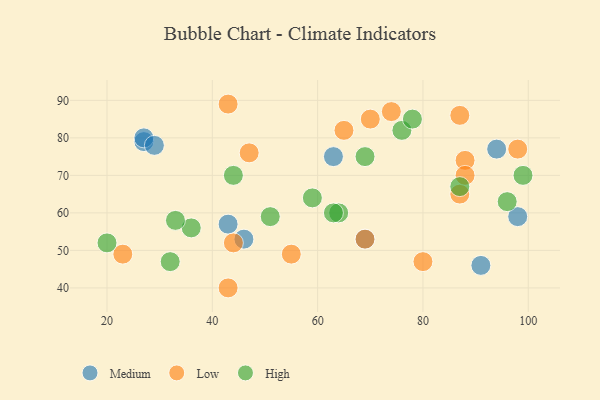
{"axis": {"x": "GDP", "y": "Life Expectancy"}, "legend": ["High", "Low", "Medium"], "data": [{"x": "91", "y": 46, "type": "Medium"}, {"x": "46", "y": 53, "type": "Medium"}, {"x": "43", "y": 57, "type": "Medium"}, {"x": "27", "y": 79, "type": "Medium"}, {"x": "94", "y": 77, "type": "Medium"}, {"x": "98", "y": 59, "type": "Medium"}, {"x": "27", "y": 80, "type": "Medium"}, {"x": "63", "y": 75, "type": "Medium"}, {"x": "69", "y": 53, "type": "Medium"}, {"x": "29", "y": 78, "type": "Medium"}, {"x": "65", "y": 82, "type": "Low"}, {"x": "43", "y": 40, "type": "Low"}, {"x": "88", "y": 74, "type": "Low"}, {"x": "23", "y": 49, "type": "Low"}, {"x": "55", "y": 49, "type": "Low"}, {"x": "70", "y": 85, "type": "Low"}, {"x": "87", "y": 86, "type": "Low"}, {"x": "80", "y": 47, "type": "Low"}, {"x": "43", "y": 89, "type": "Low"}, {"x": "74", "y": 87, "type": "Low"}, {"x": "69", "y": 53, "type": "Low"}, {"x": "98", "y": 77, "type": "Low"}, {"x": "87", "y": 65, "type": "Low"}, {"x": "88", "y": 70, "type": "Low"}, {"x": "47", "y": 76, "type": "Low"}, {"x": "44", "y": 52, "type": "Low"}, {"x": "64", "y": 60, "type": "High"}, {"x": "36", "y": 56, "type": "High"}, {"x": "87", "y": 67, "type": "High"}, {"x": "33", "y": 58, "type": "High"}, {"x": "51", "y": 59, "type": "High"}, {"x": "63", "y": 60, "type": "High"}, {"x": "99", "y": 70, "type": "High"}, {"x": "76", "y": 82, "type": "High"}, {"x": "20", "y": 52, "type": "High"}, {"x": "32", "y": 47, "type": "High"}, {"x": "78", "y": 85, "type": "High"}, {"x": "69", "y": 75, "type": "High"}, {"x": "59", "y": 64, "type": "High"}, {"x": "44", "y": 70, "type": "High"}, {"x": "96", "y": 63, "type": "High"}]}